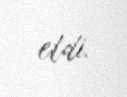
etdi.